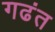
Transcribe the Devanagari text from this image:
गढंत